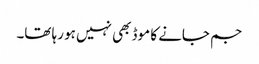
جم جانے کا موڈ بھی نہیں ہو رہا تھا۔